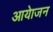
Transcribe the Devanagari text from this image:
आयेाजन